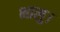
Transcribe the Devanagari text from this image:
भालु।